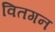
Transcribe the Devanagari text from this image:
वितगन